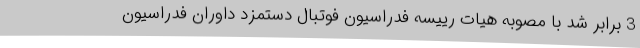
3 برابر شد با مصوبه هیات رییسه فدراسیون فوتبال دستمزد داوران فدراسیون